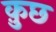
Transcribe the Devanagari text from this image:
क़ुछ